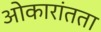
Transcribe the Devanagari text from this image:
ओकारांतता